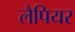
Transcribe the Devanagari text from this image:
लैपियर